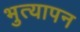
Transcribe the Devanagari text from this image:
भुत्यापन